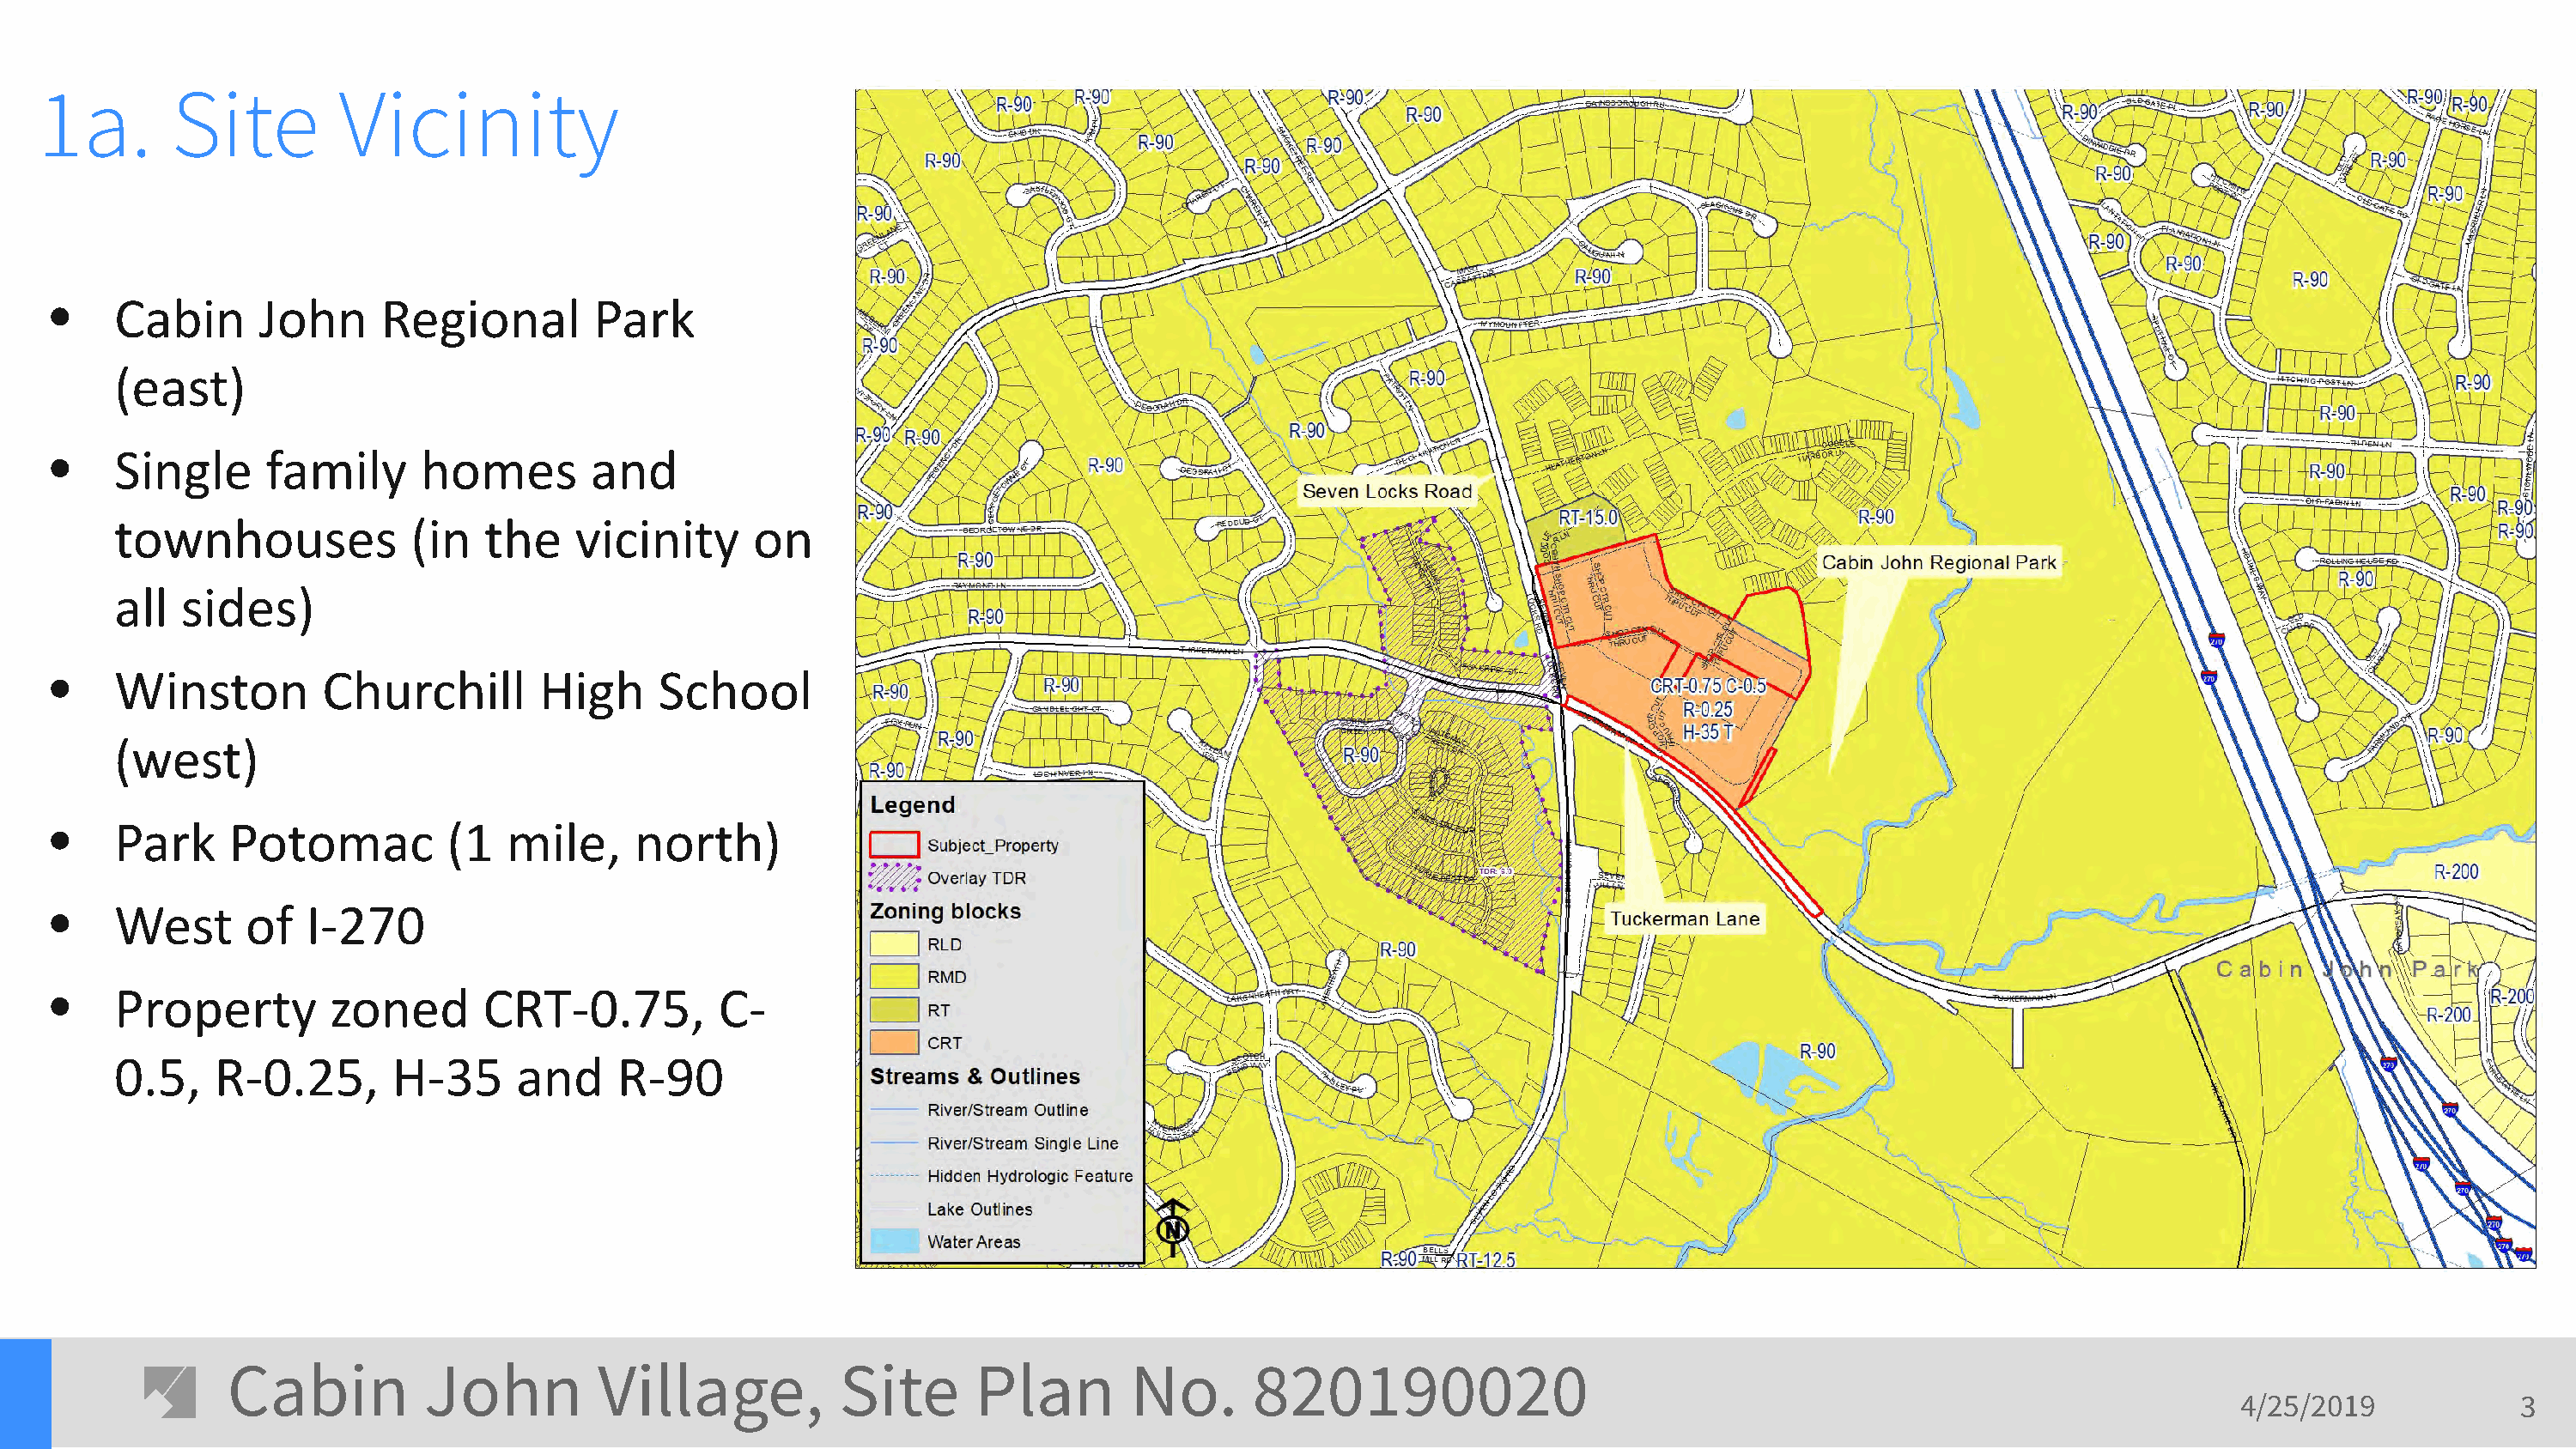
1a.       Site         Vicinity
 •    Cabin      John     Regional         Park
 (east)
 •    Single     family      homes         and
 townhouses             (in  the    vicinity      on
 all  sides)
 •    Winston         Churchill        High     School
 (west)
 •    Park     Potomac         (1   mile,     north)
 •    West      of   I-270
 •    Property        zoned       CRT-0.75,         C-
 0.5,    R-0.25,      H-35      and     R-90
 Cabin          John         Village,           Site      Plan        No.       820190020
 4/25/2019            3